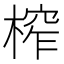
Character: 榨